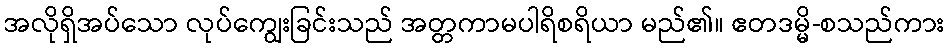
အလိုရှိအပ်သော လုပ်ကျွေးခြင်းသည် အတ္တကာမပါရိစရိယာ မည်၏။ ဧတဒမ္မိ-စသည်ကား